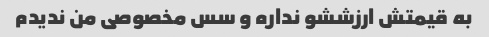
به قیمتش ارزششو نداره و سس مخصوصی من ندیدم